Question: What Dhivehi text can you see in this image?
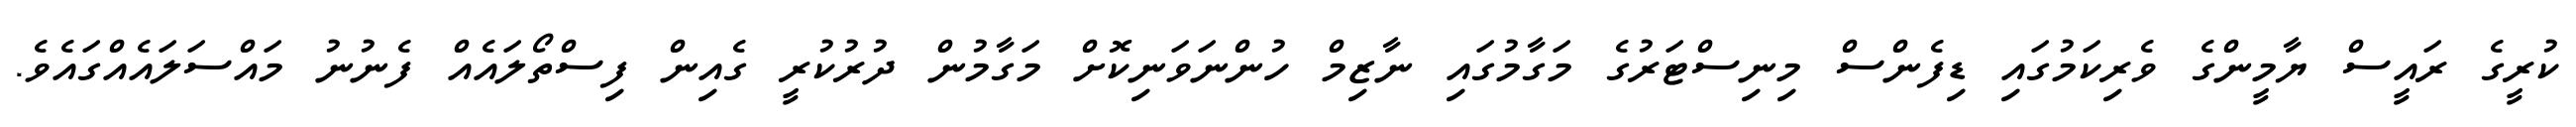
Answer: ކުރީގެ ރައީސް ޔާމީންގެ ވެރިކަމުގައި ޑިފެންސް މިނިސްޓަރުގެ މަގާމުގައި ނާޒިމް ހުންނަވަނިކޮށް މަގާމުން ދުރުކުރީ ގެއިން ފިސްތޯލައެއް ފެނުނު މައްސަލައެއްގައެވެ.